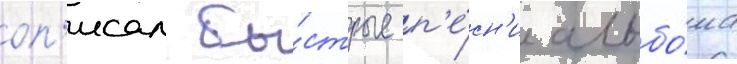
оп'исал бы́стрые п'е́сн'и альбо́ма